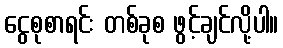
ငွေစုစာရင်း တစ်ခုစ ဖွင့်ချင်လို့ပါ။